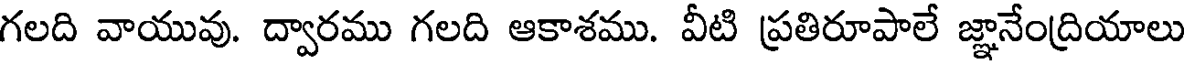
గలది వాయువు. ద్వారము గలది ఆకాశము. వీటి ప్రతిరూపాలే జ్ఞానేంద్రియాలు